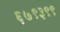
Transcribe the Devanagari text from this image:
६७९३९९